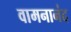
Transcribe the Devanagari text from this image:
वामनानंद